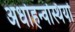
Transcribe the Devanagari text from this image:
अधोहन्वस्थियों